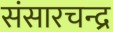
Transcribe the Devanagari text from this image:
संसारचन्द्र